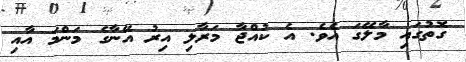
ގޮތުގައި މާލޭގަ އެވެ. އެ ކުއްޖާ މަރާލި އިރު އޭނާގެ މަންމަ އާއި